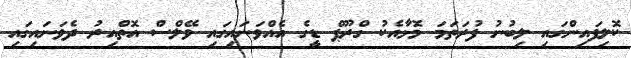
ކޮލިފައިންގައި ލިބުނު ފުރަތަމަ މޮޅާއެކު ގްރޫޕް ޑީގެ އެއްވަނައިގައި ވޭލްސް އޮތްއިރު ދެވަނައިގައި